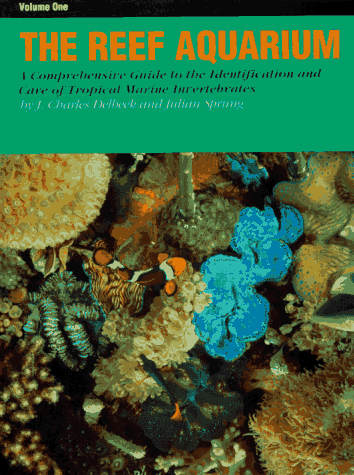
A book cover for The Reef Aquarium: A Comprehensive Guide to the Identification and Care of Tropical Marine Invertebrates (Volume 1); Julian Sprung; Crafts, Hobbies & Home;